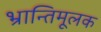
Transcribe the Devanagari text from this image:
भ्रान्तिमूलक